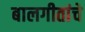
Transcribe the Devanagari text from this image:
बालगीतांचे